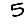
Digit: 5